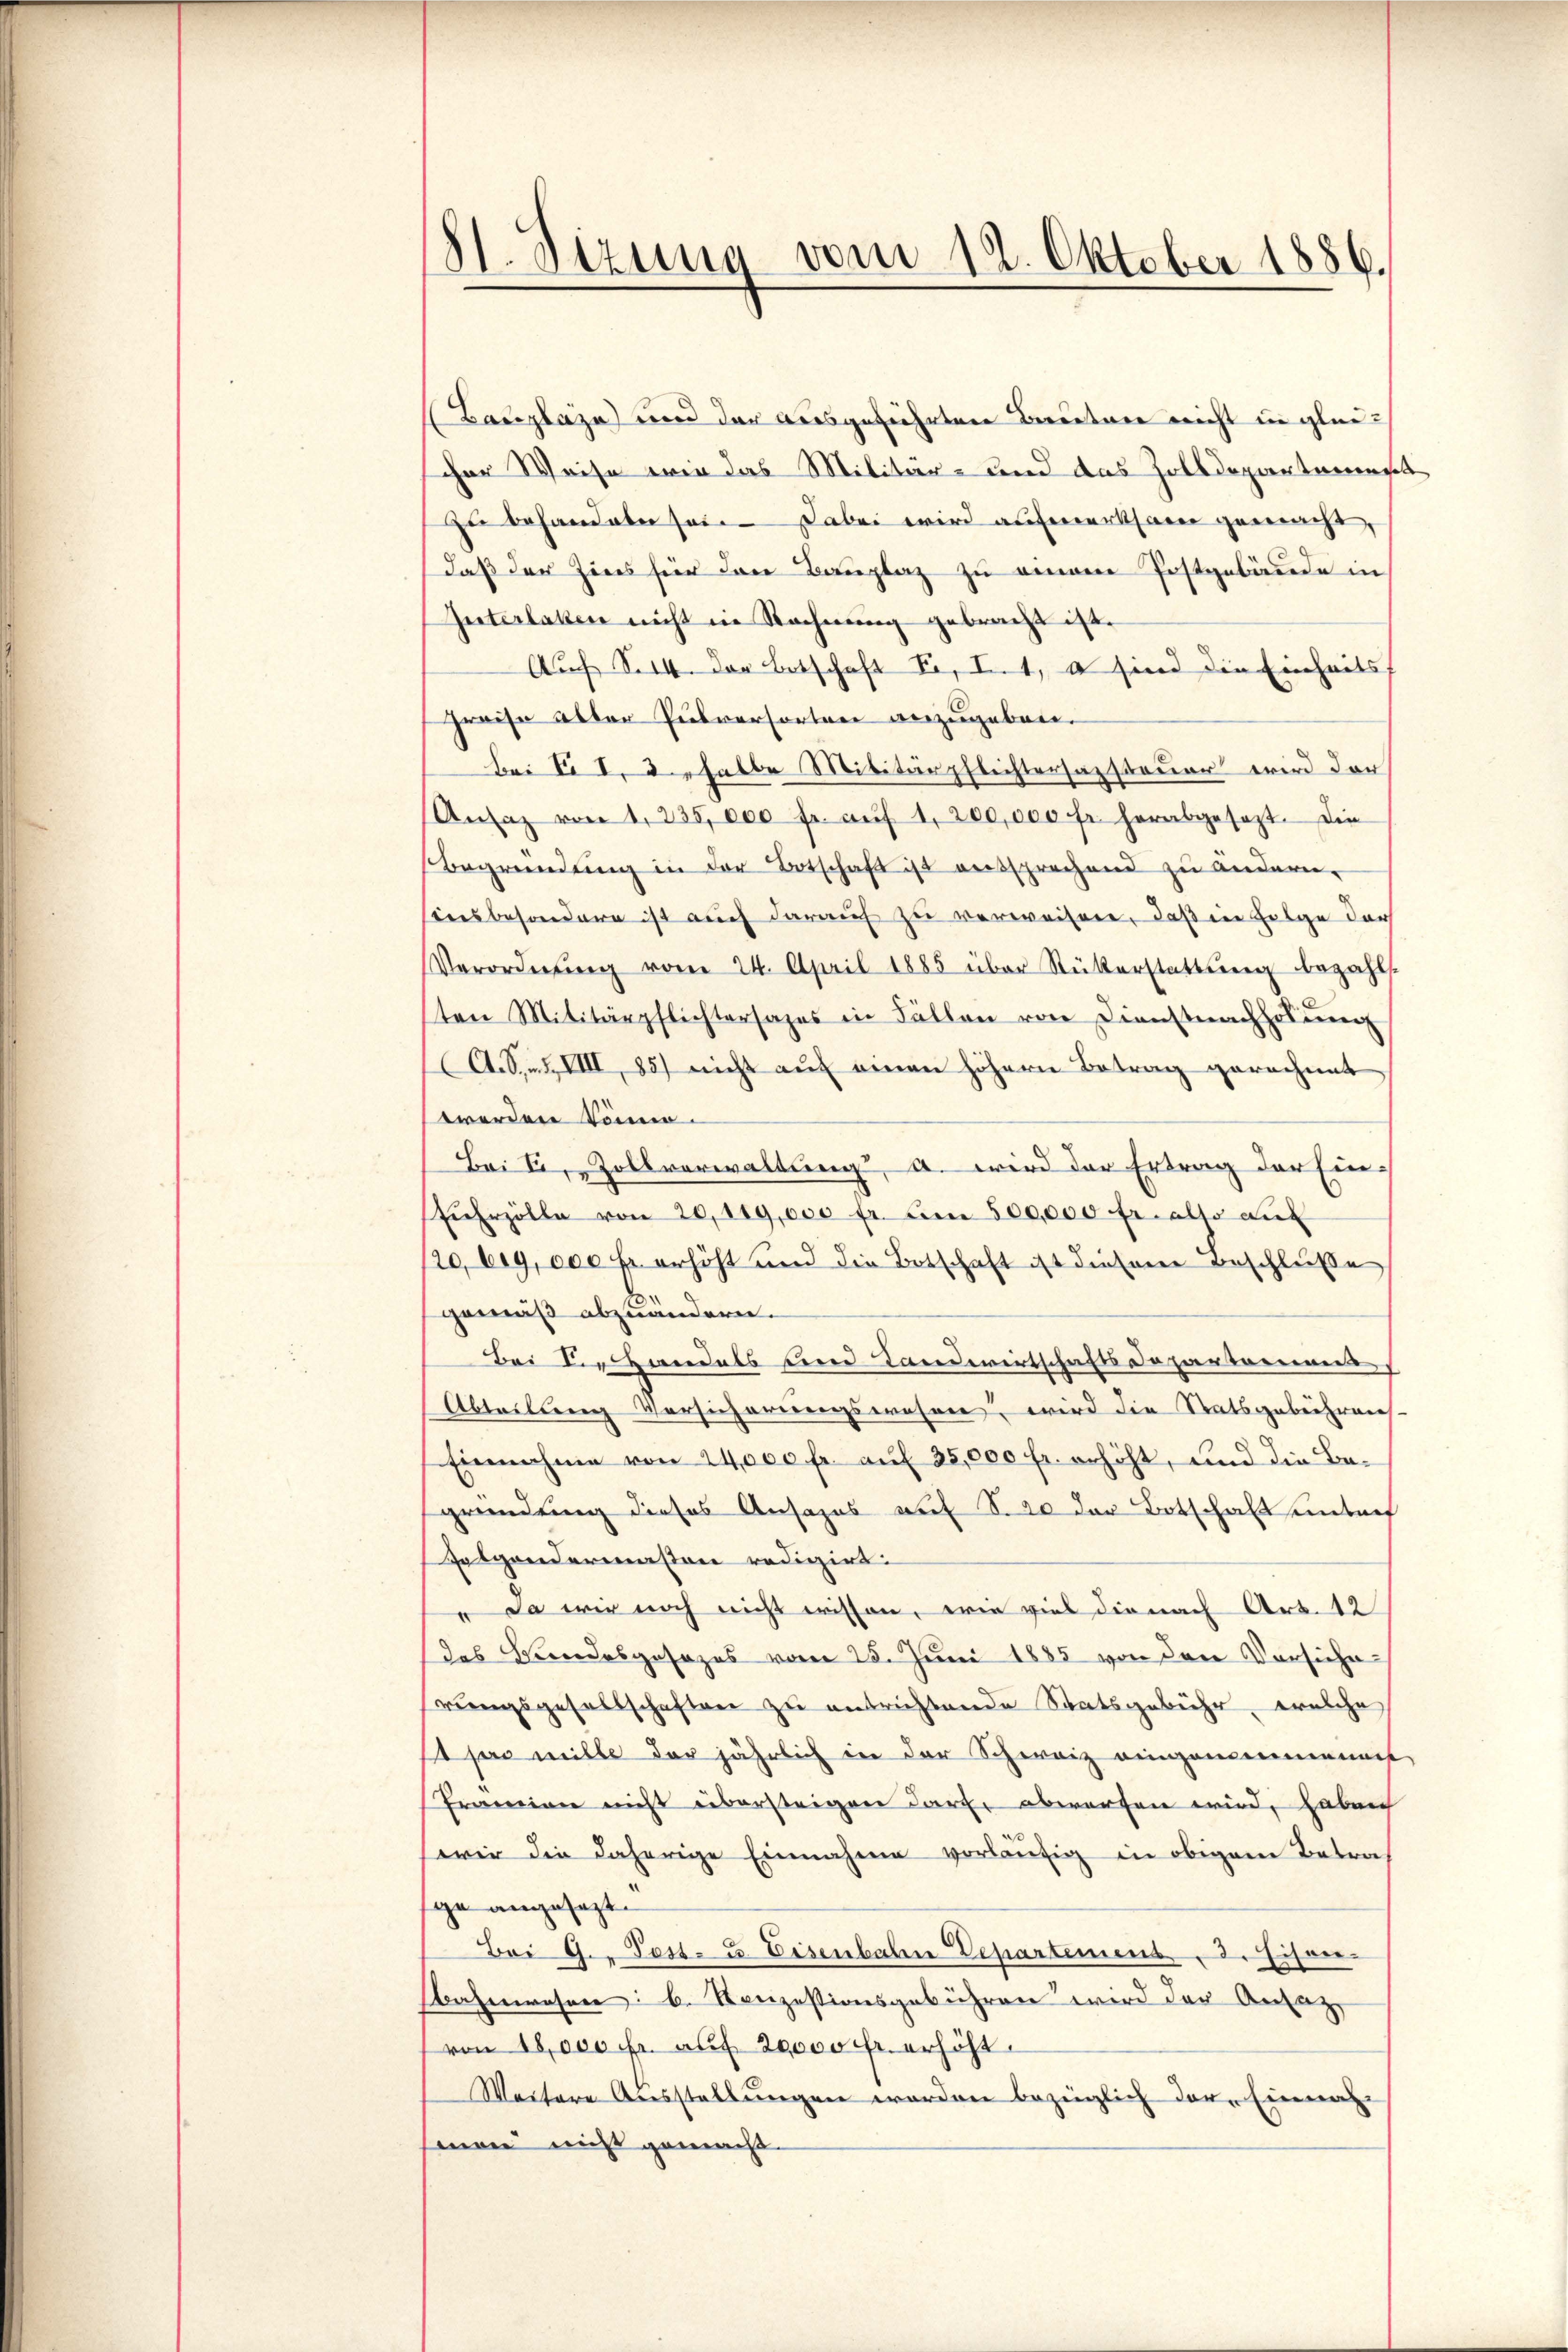
81. Sizung vom 12. Oktober 1886.

Bauplaze) und der ausgeführtere Bereitner nicht in glauscher Weise wie das Militär- und das Zolldepartemest
zu behandeln sei. — Dabei wird aufmerksam gemacht
daß der Zins für den Bauplaz zu einem Postgebäude in
Interlaben nicht in Rechnung gebracht ist.
Auf S. 14. der Botschaft Fr. I. 1, o sind die Einheits
preise alter Pulversorten anzugeben.
Bei. I. 2. halbe Militärpflichtersazsteuer wird der
Ansaz von 1. 235,000 fr. aŭf 1, 200,000 fr. herabgesezt. Die
Begründung in der Botschaft ist entsprechend zu ändern.
insbesondere ist auch darauf zu verweisen, daß in Folge der
Verordnŭng vom 24. April 1885 über Rükerstattŭng bezahlt.
sten Militärpflichtersages in Fällen von Dienstnachholŭng
A. S. XVIII, 85) nicht auf einen höhern Betrag gerechnet
werden könne.
Bei Ei, Zollverwaltung, a. wird der Ertrag der Ein-
ŭErzölle von 20,119,000 fr. Am 500,000 fr. alte auf
120, big, 000 Fr. erhöht und die Botschaft ist diesen Beschluße
gemäß abzuändern.
Bei Verandels und Landwirtschafts Departement
Abteilung Vorsicherungswesen, wird die Statsgebührens
Einnahme von 24,000 fr. auf 25,000 fr. erhöht, und die Begründung dieses Ansages auf S. 20 der Botschaft untref
Zelgendermassen redigirt:
" da wir noch nicht wissen, wie viel die nach Art. 12
des Bundesgesezes vom 25. Juni 1885 von den Vorsicherŭngsgesellschaften zu entrichtende Saatsgebühr, welche
st pas mille der jährlich in der Schweiz eingemeinenart,
Prämien nicht übersteigen darf abwerfen wird, haben
wir die daherige Einnahme vorläufig in obigem Betraf
sge angesagt.
Bai G. Post- u. Eisenbahn Departement. 2. Eisen¬
Bahnwesen: b. Konzestionsgebühren wird der Anlag
von 18,000 Fr. auf 20000 fr. erhöht.
Weitere Ausstellungen worden bezüglich der Einnah
man nicht gemacht. |